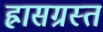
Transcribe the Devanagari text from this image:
ह्रासग्रस्त